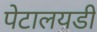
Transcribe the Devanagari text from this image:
पेटालयडी